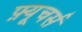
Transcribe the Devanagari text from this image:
फ़्यूचर्स